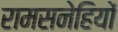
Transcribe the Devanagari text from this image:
रामसनेहियों